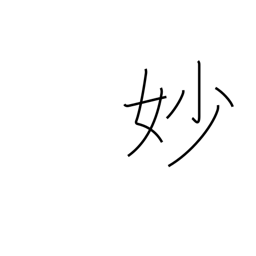
Meaning: exquisite